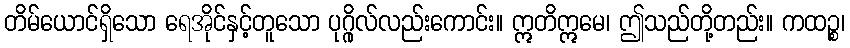
တိမ်ယောင်ရှိသော ရေအိုင်နှင့်တူသော ပုဂ္ဂိုလ်လည်းကောင်း။ ဣတိဣမေ၊ ဤသည်တို့တည်း။ ကထဉ္စ၊